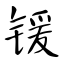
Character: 锾